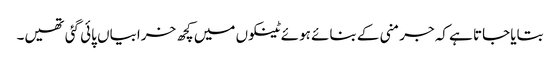
بتایا جاتا ہے کہ جرمنی کے بنائے ہوئے ٹینکوں میں کچھ خرابیاں پائی گئی تھیں۔